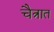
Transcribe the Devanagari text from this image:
चैत्रात